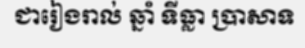
ជារៀងរាល់ ឆ្នាំ ទីធ្លា ប្រាសាទ